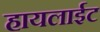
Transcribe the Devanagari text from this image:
हायलाईट